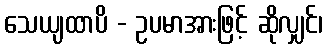
သေယျထာပိ - ဥပမာအားဖြင့် ဆိုလျှင်၊